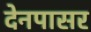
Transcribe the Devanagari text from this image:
देनपासर